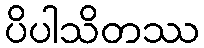
ပိပါသိတဿ